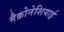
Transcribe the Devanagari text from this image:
मैक्रोनेशियाई